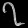
Digit: ၇